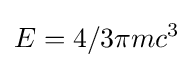
E=4/3\pi mc^{3}